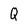
Character: Q